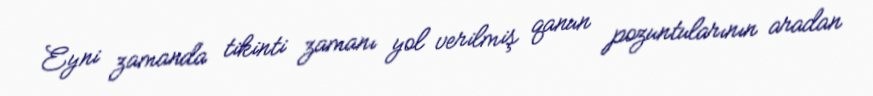
Eyni zamanda tikinti zamanı yol verilmiş qanun pozuntularının aradan